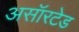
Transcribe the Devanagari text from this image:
असॉरटेड